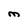
Character: M